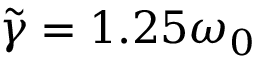
\tilde { \gamma } = 1 . 2 5 \omega _ { 0 }